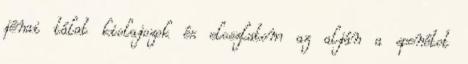
jénai tálat kiolajozok és eloszlatom az alján a spenótot